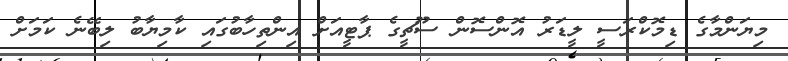
މިޔަންމާގެ ޑިމޮކްރަސީ ލީޑަރު އޮންސޮން ސޫޗީގެ ޕާޓީއަށް އިންތިހާބުގައި ކާމިޔާބު ލިބޭނެ ކަމަށް